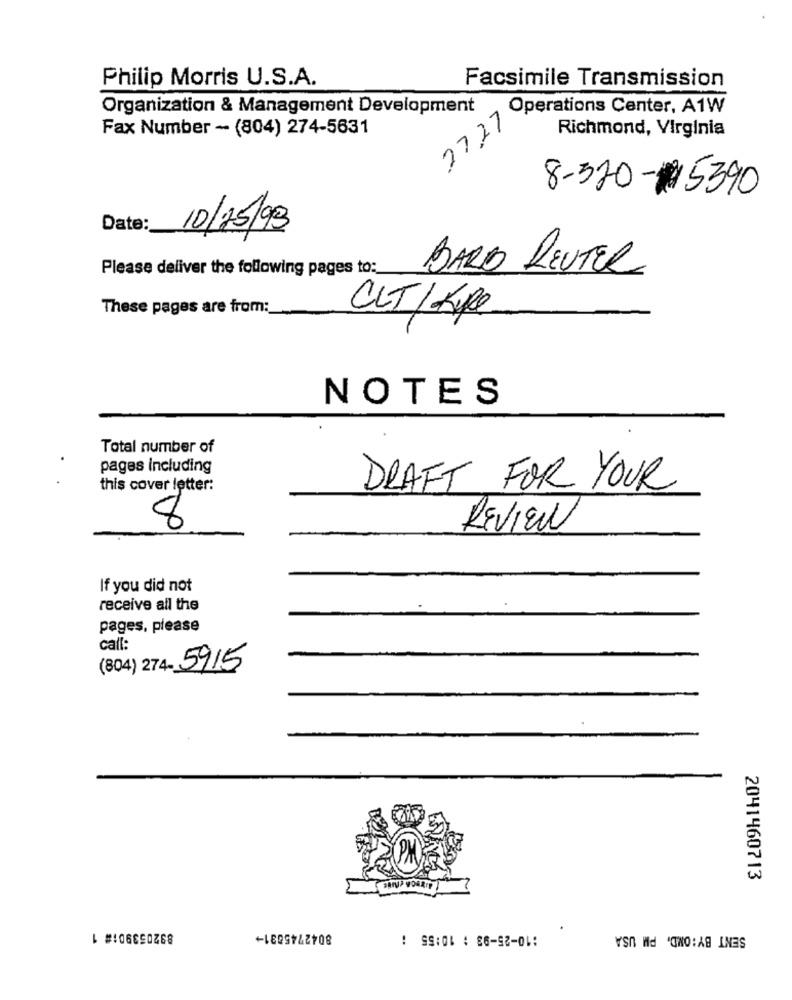
Philip Morris U.S.A.
Facsimile Transmission
Organization & Management Development
27.27 Perations Center, A1W
Fax Number - (804) 274-5631
Richmond, Virginia
8-520-#5390
Date:
10/15/98
Please deliver the following pages to:
BARD REUTER
These pages are from:
CLT/Kipe
NOTES
Total number of
pages including
this cover letter:
DRAFT FOR YOUR
8
REVIEW
If you did not
receive all the
pages, please
call:
(804) 274- 5915
2041460713
892053901# 1
8042745831-
:10-25-93 ; 10:55 :
SENT BY: OMD, PM USA